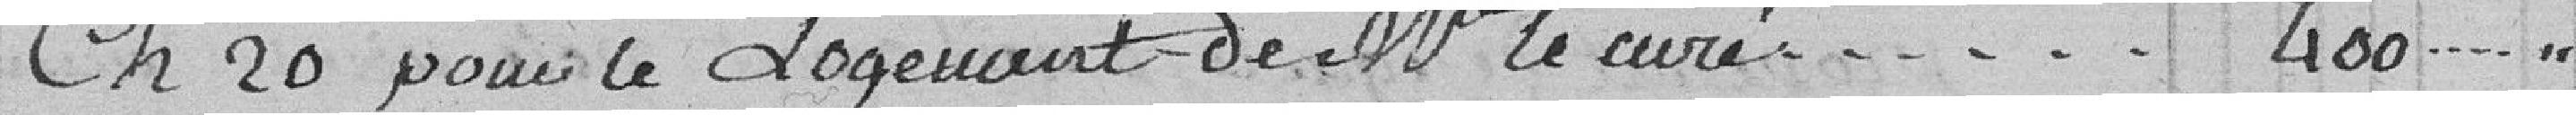
Ch. 20. : pour le logement de Monsieur le Curé........        400